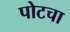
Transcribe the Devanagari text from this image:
पोटचा